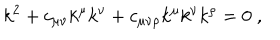
k ^ { 2 } + c _ { \mu \nu } k ^ { \mu } k ^ { \nu } + c _ { \mu \nu \rho } k ^ { \mu } k ^ { \nu } k ^ { \rho } = 0 \; ,